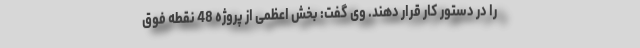
را در دستور کار قرار دهند. وی گفت: بخش اعظمی از پروژه 48 نقطه فوق